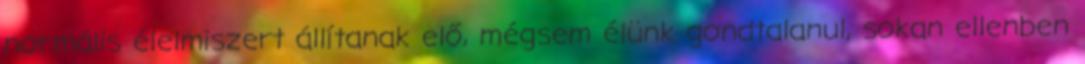
normális élelmiszert állítanak elő, mégsem élünk gondtalanul, sokan ellenben